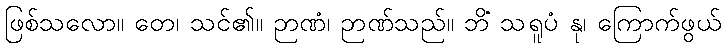
ဖြစ်သလော။ တေ၊ သင်၏။ ဉာဏံ၊ ဉာဏ်သည်။ ဘိံ သရူပံ နု၊ ကြောက်ဖွယ်